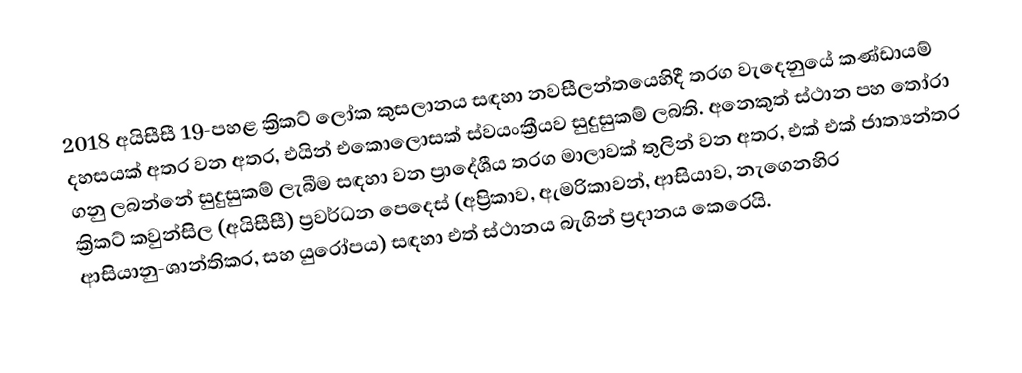
2018 අයිසීසී 19-පහළ ක්‍රිකට් ලෝක කුසලානය සඳහා නවසීලන්තයෙහිදී තරග වැදෙනුයේ කණ්ඩායම් දහසයක් අතර වන අතර, එයින් එකොලොසක් ස්වයංක්‍රීයව සුදුසුකම් ලබති. අනෙකුත් ස්ථාන පහ තෝරා ගනු ලබන්නේ සුදුසුකම් ලැබීම සඳහා වන ප්‍රාදේශීය තරග මාලාවක් තුලින් වන අතර,   එක් එක්  ජාත්‍යන්තර ක්‍රිකට් කවුන්සිල (අයිසීසී) ප්‍රවර්ධන පෙදෙස් (අප්‍රිකාව, ඇමරිකාවන්, ආසියාව, නැගෙනහිර ආසියානු-ශාන්තිකර, සහ යුරෝපය) සඳහා එත් ස්ථානය බැගින් ප්‍රදානය කෙරෙයි.